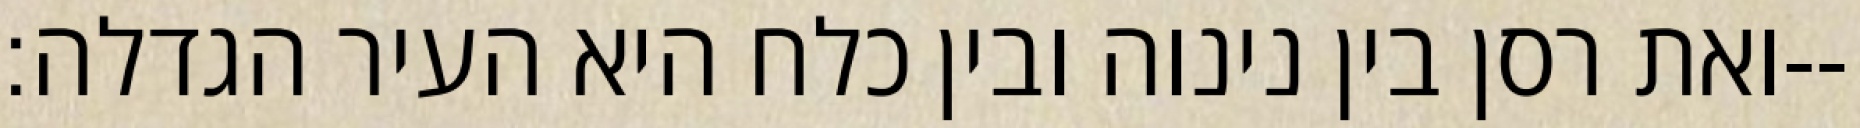
ואת רסן בין נינוה ובין כלח היא העיר הגדלה׃--